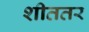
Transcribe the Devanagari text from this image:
शीततर